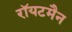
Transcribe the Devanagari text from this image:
रॉयटमैन